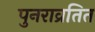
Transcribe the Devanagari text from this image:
पुनराव्रतित